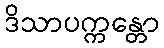
ဒိသာပက္ကန္တော